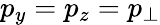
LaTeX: p_{y}=p_{z}=p_{\perp}